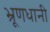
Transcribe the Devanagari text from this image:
भ्रूणधानी